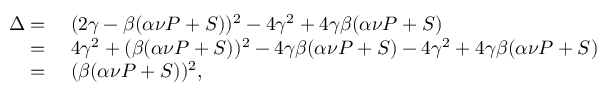
\begin{array} { r l } { \Delta = } & { { } \; ( 2 \gamma - \beta ( \alpha \nu P + S ) ) ^ { 2 } - 4 \gamma ^ { 2 } + 4 \gamma \beta ( \alpha \nu P + S ) } \\ { = } & { { } \; 4 \gamma ^ { 2 } + ( \beta ( \alpha \nu P + S ) ) ^ { 2 } - 4 \gamma \beta ( \alpha \nu P + S ) - 4 \gamma ^ { 2 } + 4 \gamma \beta ( \alpha \nu P + S ) } \\ { = } & { { } \; ( \beta ( \alpha \nu P + S ) ) ^ { 2 } , } \end{array}